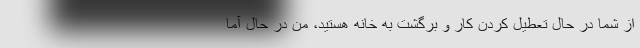
از شما در حال تعطیل کردن کار و برگشت به خانه هستید، من در حال آما